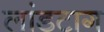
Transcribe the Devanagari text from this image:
लांडटाग